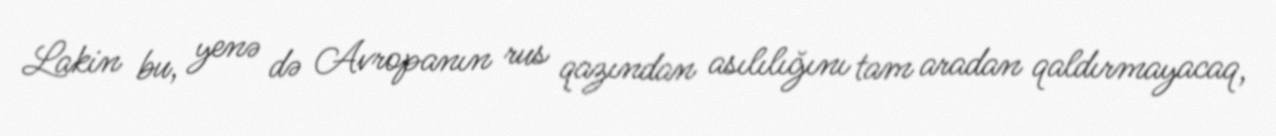
Lakin bu, yenə də Avropanın rus qazından asılılığını tam aradan qaldırmayacaq,